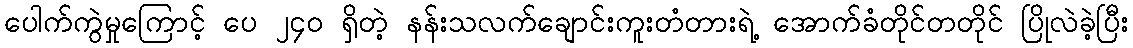
ပေါက်ကွဲမှုကြောင့် ပေ ၂၄၀ ရှိတဲ့ နန်းသလက်ချောင်းကူးတံတားရဲ့ အောက်ခံတိုင်တတိုင် ပြိုလဲခဲ့ပြီး